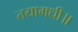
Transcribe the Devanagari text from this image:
तयामधी॥